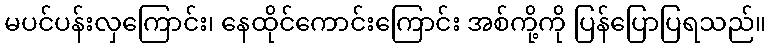
မပင်ပန်းလှကြောင်း၊ နေထိုင်ကောင်းကြောင်း အစ်ကို့ကို ပြန်ပြောပြရသည်။